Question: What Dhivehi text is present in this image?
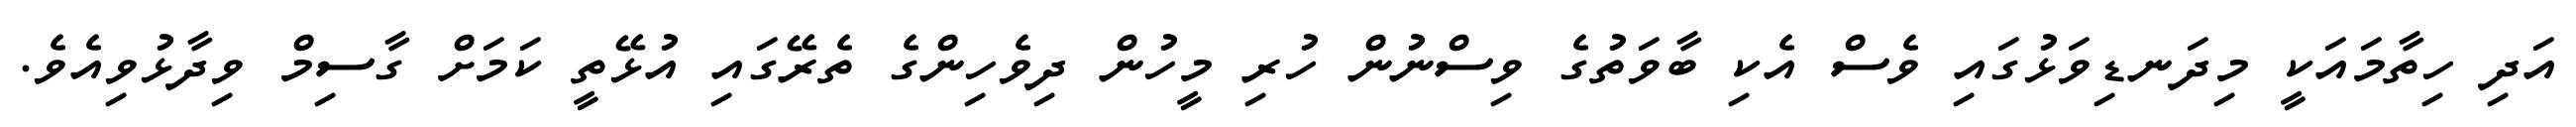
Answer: އަދި ހިތާމައަކީ މިދަނޑިވަޅުގައި ވެސް އެކި ބާވަތުގެ ވިސްނުން ހުރި މީހުން ދިވެހިންގެ ތެރޭގައި އުޅޭތީ ކަމަށް ގާސިމް ވިދާޅުވިއެވެ.